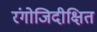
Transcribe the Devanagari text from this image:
रंगोजिदीक्षित